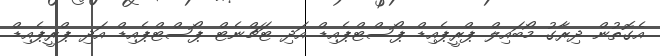
އެގޮތުން ދިރާގު މޯބައިލް ޕްރީޕެއިޑް ޕޯސްޓްޕެއިޑް އަދި ޓަޗްނެޓް ޕޯސްޓްޕެއިޑް އަދި ޕްރީޕެއިޑް